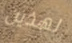
لهذين